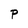
Character: P